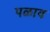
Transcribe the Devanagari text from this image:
पळाव